V__Kingissepa_nim__kolhoos, lk 93
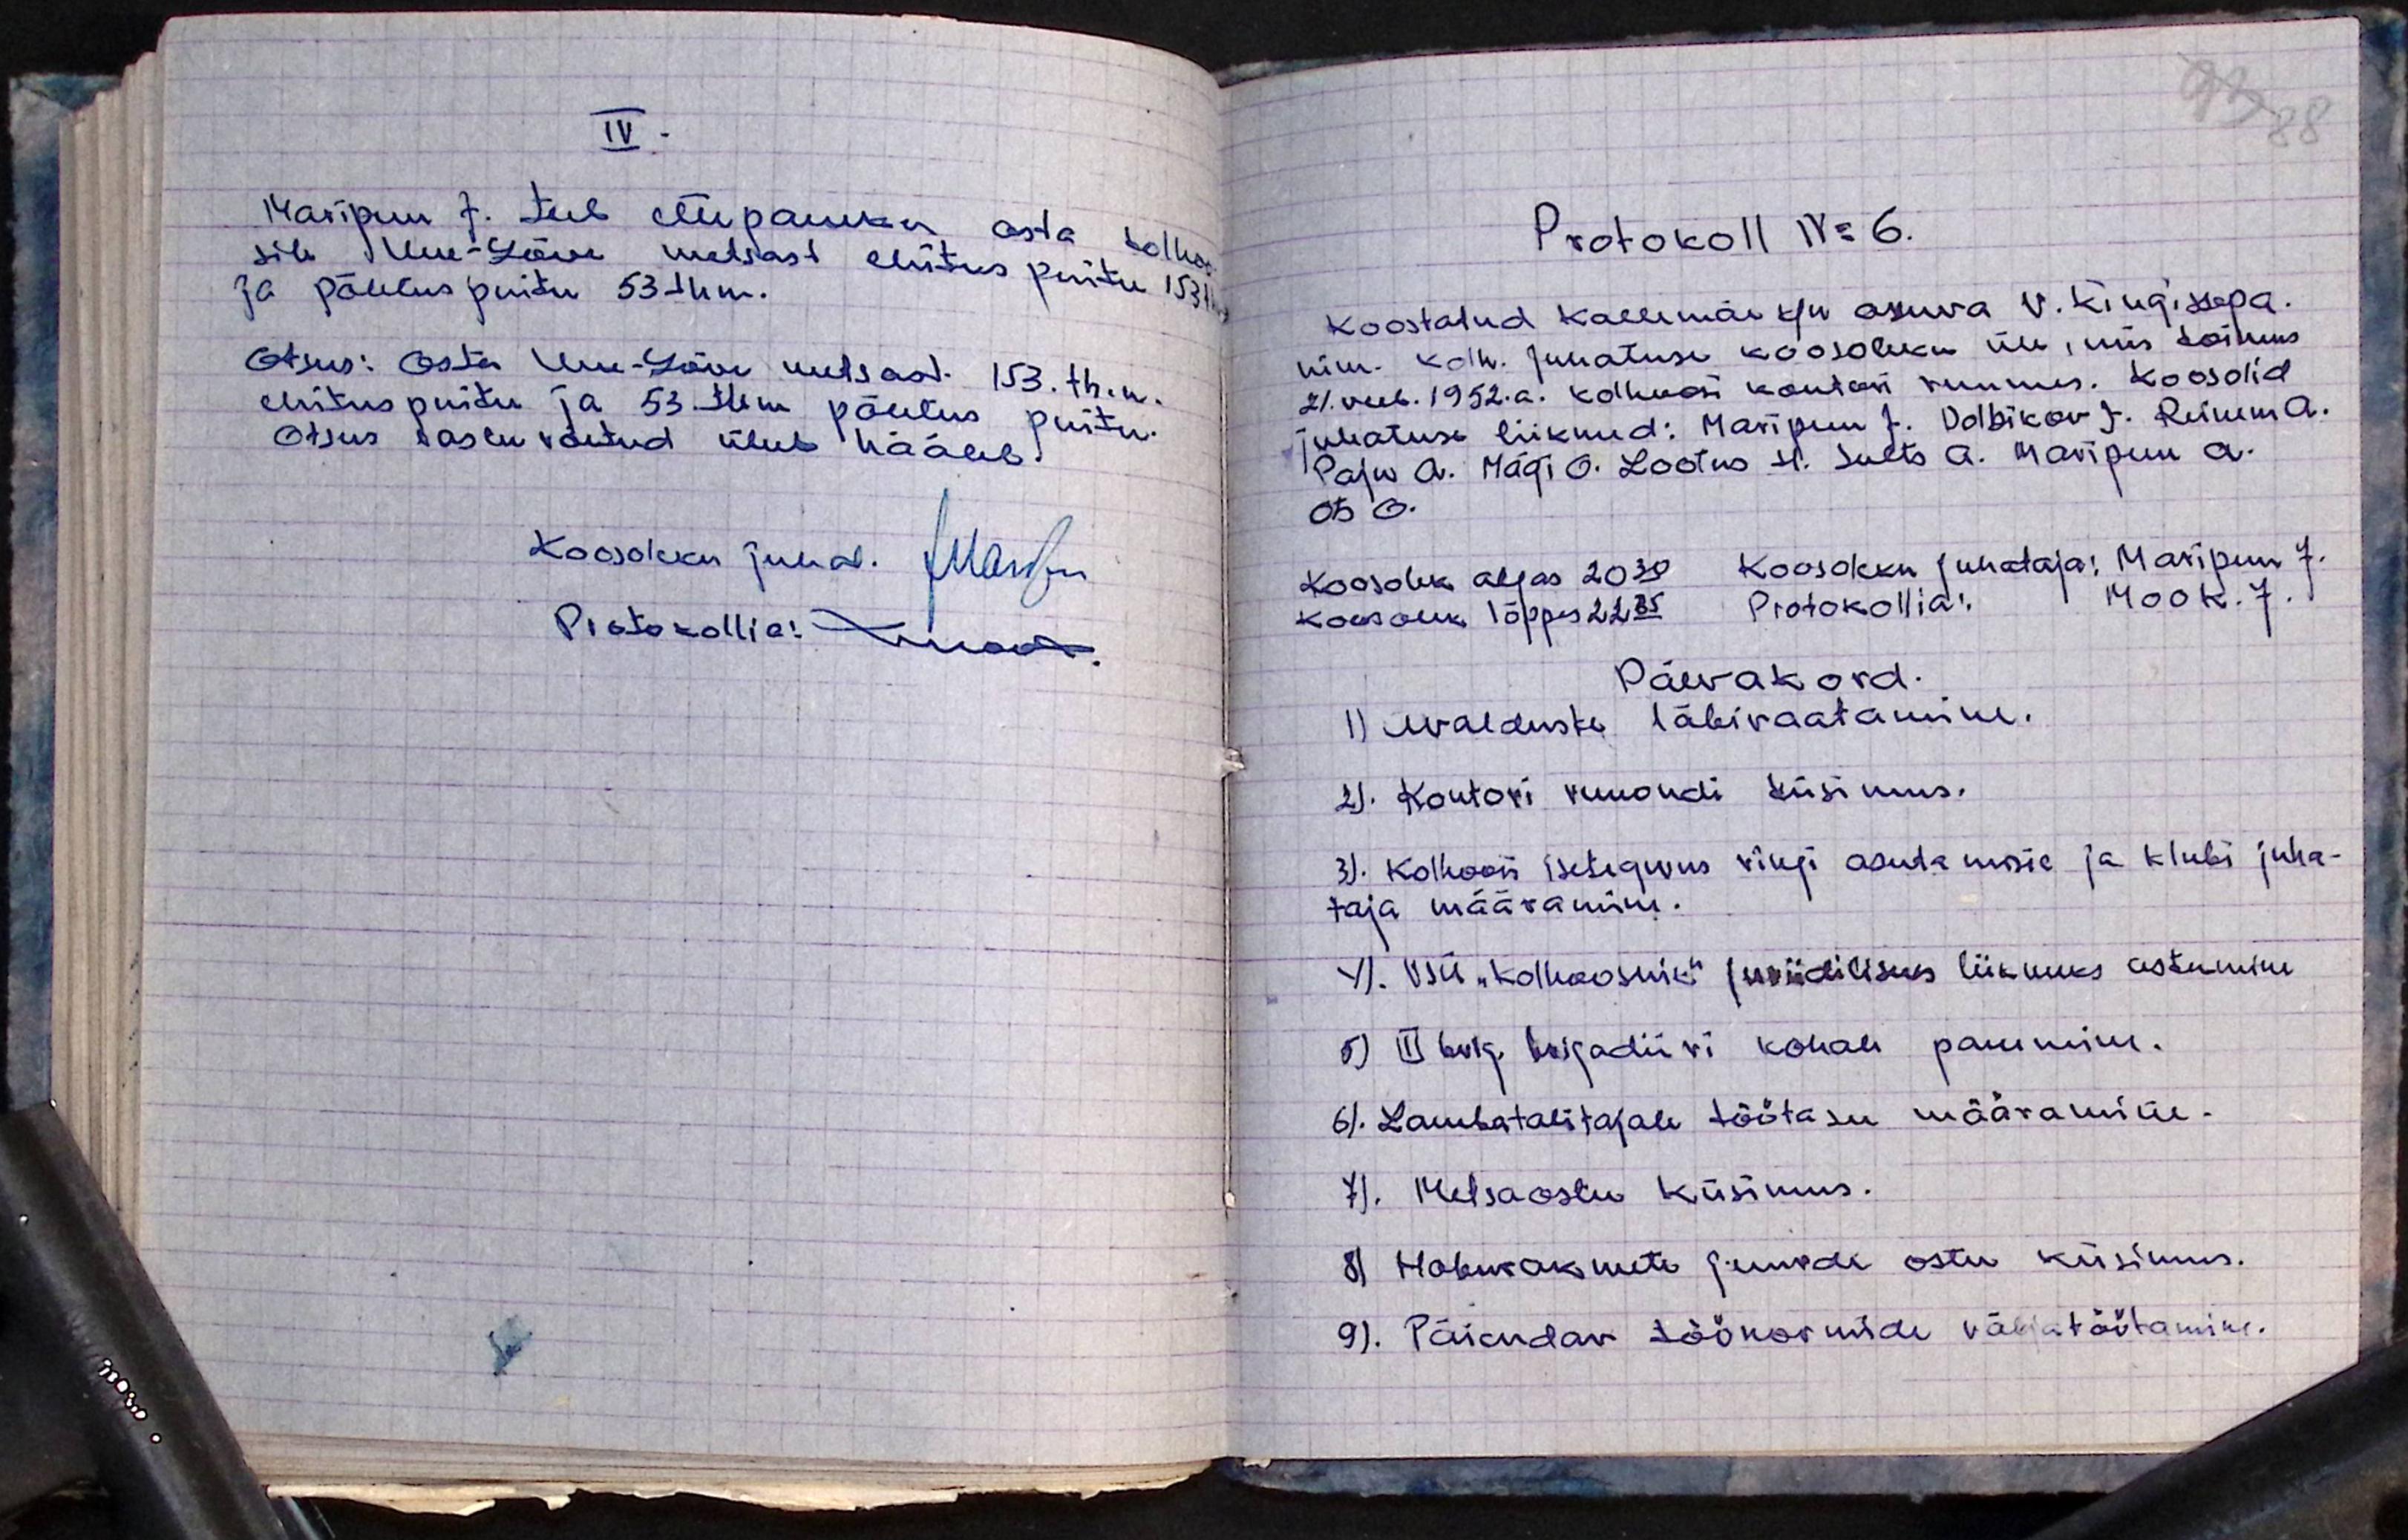
IV.
Maripuu J. teeb ettepaneku osta kolhoo
sile Uue-Lõve metsast ehitus puitu 153 thm
ja põletuspuitu 53 thm.
Otsus: Osta Uue-Lõve metsast: 153. th.m.
ehituspuitu ja 53. thm. põletus puitu.
Otsus tastu võetud ühel häälel
Koosoleku juhat. JMaripuu
Protokollia: Arnast

93 88
Protokoll N:6
Koostatud Kallemäe k/n asuva V. Kingissepa.
nim. kolh. juhatuse koosoleku üle, mis toimus
21. veeb. 1952. a. kolhoosi kontori ruumes. Koos olid
juhatuse liikmed: Maripuu J. Dolbikov J. Reinem A.
Paju A. Mägi O. Lootus H. Sults A. Maripuu A.
Ots O.
Koosolek algas 20.30 Koosoleku juhataja: Maripuu J.
koosolek lõppes 22.35 Protokollia: Mook. J.
Päevakord.
1) avalduste läbivaatamine.
2). Kontori remondi küsimus.
3). Kolhoosi iseteguvus ringi asutamise ja klubi juha-
taja määramine.
4). VSÜ "Kolhoosnik" juriidiliseks liikmeks astumine
5) III brig. brigadiiri kohale panemine.
6). Lambatalitajale töötasu määramine.
7). Metsaostu küsimus.
8) Hoburakmete juurde ostu küsimus.
9). Täiendav töönormide väljatöötamine.